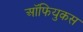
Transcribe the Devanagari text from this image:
ऑफियुकस